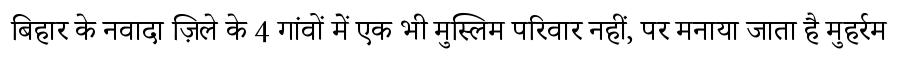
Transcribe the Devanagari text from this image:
बिहार के नवादा ज़िले के 4 गांवों में एक भी मुस्लिम परिवार नहीं, पर मनाया जाता है मुहर्रम